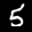
Label: 5